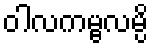
ဝါလကမ္ဗလမ္ပိ